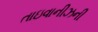
તાઇવાનીઝની